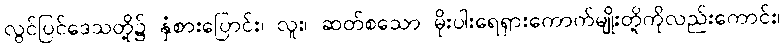
လွင်ပြင်ဒေသတို့၌ နှံစားပြောင်း၊ လူး၊ ဆတ်စသော မိုးပါးရေရှားကောက်မျိုးတို့ကိုလည်းကောင်း၊